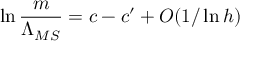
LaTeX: \ln \frac { m } { \Lambda _ { M S } } = c - c ^ { \prime } + O ( 1 / \ln h )